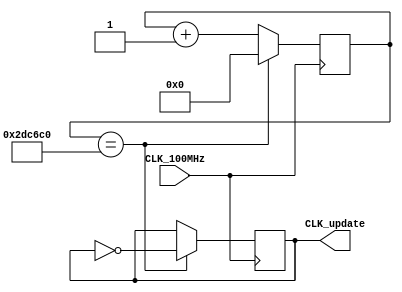
//Modified by James Mock from an internet source
//used to generate a slower clock speed used in the movement
//of screen sprites 
module UpdateClk(CLK_100MHz,CLK_update);
	input CLK_100MHz;
	output reg CLK_update;
	reg [21:0]count;	

	always@(posedge CLK_100MHz)
	begin
		if(count == 3000000) begin
			CLK_update <= ~CLK_update;
			count <= 0; end	
		else begin
			CLK_update <= CLK_update;
			count <= count + 1; end
	end
endmodule